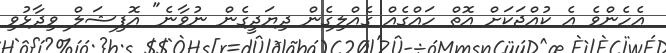
އެހެންވެ އެ ކުއްޖަކަށް އޮތް ހައްގެއް ގެއްލިގެން ދިޔަދީގެން ނުވާނެ" އޮފިޝަލް ވިދާޅުވި